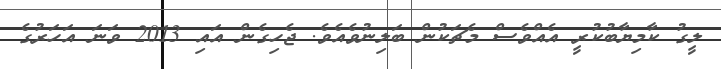
ލީގު ކާމިޔާބުކުރީ އެއްވެސް މެޗަކުން ބަލިނުވެއެވެ. ޖެހިގެން އައި 2013 ވަނަ އަހަރުގެ